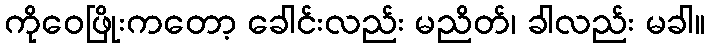
ကိုဝေဖြိုးကတော့ ခေါင်းလည်း မညိတ်၊ ခါလည်း မခါ။